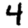
Digit: 4